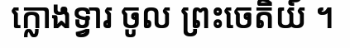
ក្លោងទ្វារ ចូល ព្រះចេតិយ៍ ។